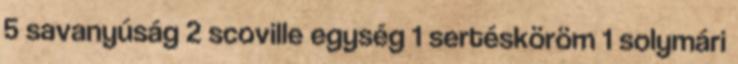
5 savanyúság 2 scoville egység 1 sertésköröm 1 solymári